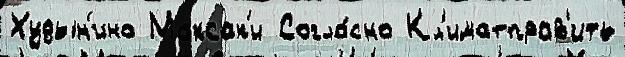
Худын'ино Максак'и Согла́сно Кл'иматправ'ить